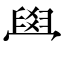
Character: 𦥯